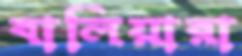
বালিয়ারা